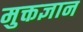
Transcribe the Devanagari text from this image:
मुक्तज्ञान